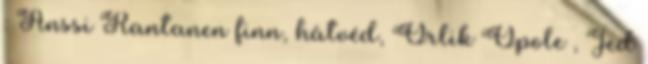
: Anssi Rantanen finn, hátvéd, Orlik Opole , Jed